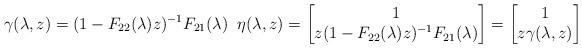
LaTeX: \begin{align*}\gamma(\lambda,z)=(1-F_{22}(\lambda)z)^{-1}F_{21}(\lambda)\index{$\gamma(\lambda,z)$}\; \;\eta(\lambda,z)=\begin{bmatrix}1\\z(1-F_{22}(\lambda)z)^{-1}F_{21}(\lambda) \end{bmatrix}=\begin{bmatrix}1\\z\gamma(\lambda,z) \end{bmatrix}\end{align*}